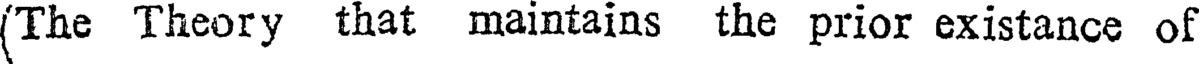
(The Theory that maintains the prior existance of